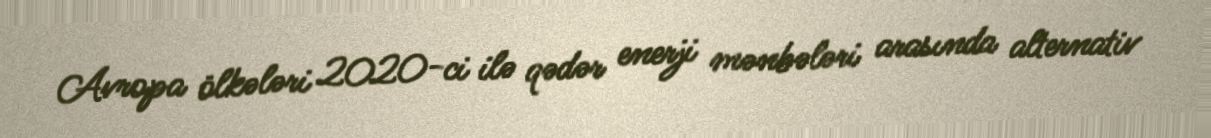
Avropa ölkələri 2020-ci ilə qədər enerji mənbələri arasında alternativ